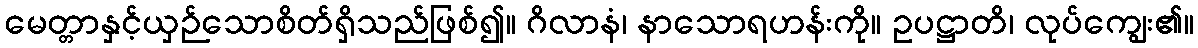
မေတ္တာနှင့်ယှဉ်သောစိတ်ရှိသည်ဖြစ်၍။ ဂိလာနံ၊ နာသောရဟန်းကို။ ဥပဋ္ဌာတိ၊ လုပ်ကျွေး၏။